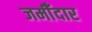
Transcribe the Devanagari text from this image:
जमीँदार